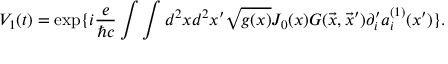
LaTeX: V _ { 1 } ( t ) = \exp \{ i { \frac { e } { \hbar c } } \int \int d ^ { 2 } x d ^ { 2 } x ^ { \prime } \sqrt { g ( x ) } J _ { 0 } ( x ) G ( \vec { x } , \vec { x } ^ { \prime } ) \partial _ { i } ^ { \prime } a _ { i } ^ { ( 1 ) } ( x ^ { \prime } ) \} .